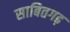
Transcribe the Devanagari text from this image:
साबितगढ़